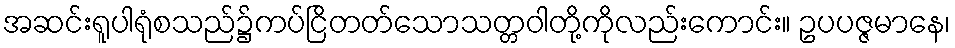
အဆင်းရူပါရုံစသည်၌ကပ်ငြိတတ်သောသတ္တဝါတို့ကိုလည်းကောင်း။ ဥပပဇ္ဇမာနေ၊